Civil Veterinary Department Bengal reports 1923-33 - 1923-1933
Year: 1923
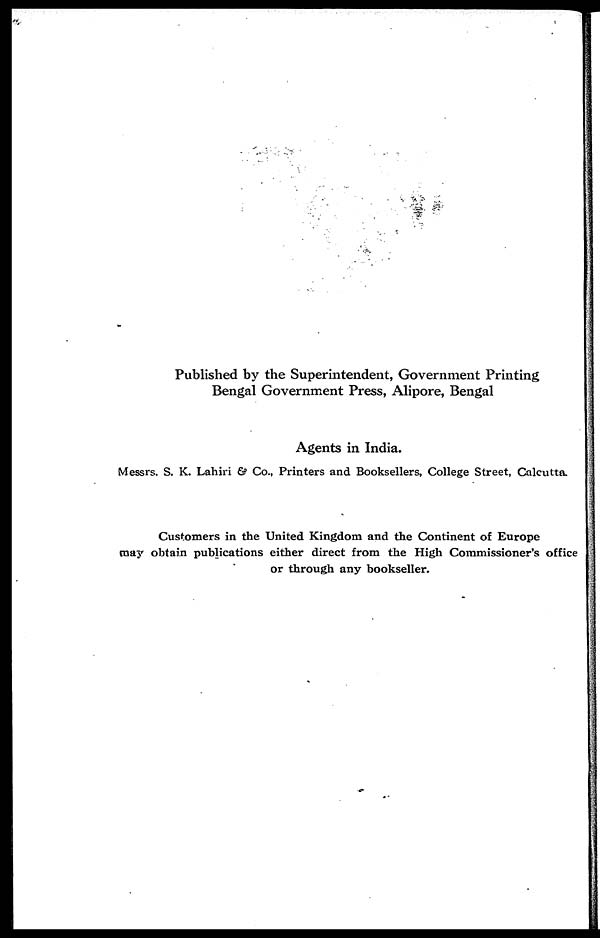
Published by the Superintendent, Government Printing
Bengal Government Press, Alipore, Bengal
Agents in India.
Messrs. S. K. Lahiri & Co., Printers and Booksellers, College Street, Calcutta.
Customers in the United Kingdom and the Continent of Europe
may obtain publications either direct from the High Commissioner's office
or through any bookseller.